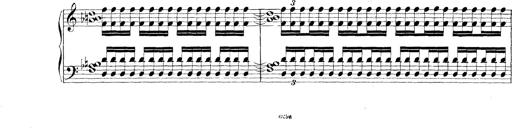
Title: Technische Studien
Composer: Franz Liszt